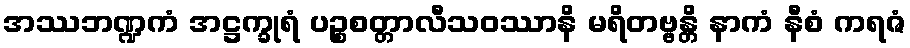
အဿဘဏ္ဍကံ အဋ္ဌက္ခုရံ ပဉ္စစတ္တာလီသဝဿာနိ မရိတဗ္ဗန္တိ နာကံ နီစံ ကရဇံ